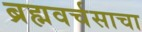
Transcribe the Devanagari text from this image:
ब्रह्मवर्चसाचा